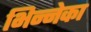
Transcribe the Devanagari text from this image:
भिन्नेका